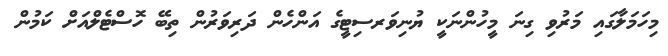
މިހަމަލާގައި މަރުވި ގިނަ މީހުންނަކީ ޔުނިވަރސިޓީގެ އަންހެން ދަރިވަރުން ތިބޭ ހޮސްޓެލްއަށް ކަމުން